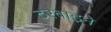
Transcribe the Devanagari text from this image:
टरबाइने